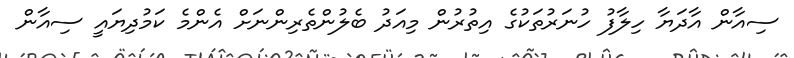
ސިއާން އާދަޔާ ހިލާފު ހުނަރުތަކުގެ އިތުރުން މިއަދު ބެލުންތެރިންނަށް އެންމެ ކަމުދިޔައީ ސިއާން